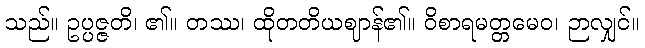
သည်။ ဥပ္ပဇ္ဇတိ၊ ၏။ တဿ၊ ထိုတတိယဈာန်၏။ ဝိစာရမတ္တမေဝ၊ ဉာလျှင်။